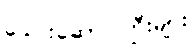
ခေါင်းဆောင်ကြီးများ